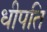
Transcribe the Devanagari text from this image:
धीपति